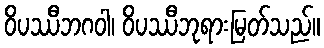
ဝိပဿီဘဂဝါ၊ ဝိပဿီဘုရားမြတ်သည်။